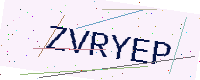
Text: ZVRYEP